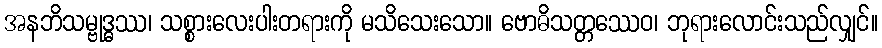
အနဘိသမ္ဗုဒ္ဓဿ၊ သစ္စားလေးပါးတရားကို မသိသေးသော။ ဗောဓိသတ္တဿေဝ၊ ဘုရားလောင်းသည်လျှင်။